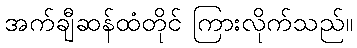
အက်ချီဆန်ထံတိုင် ကြားလိုက်သည်။